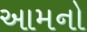
આમનો